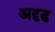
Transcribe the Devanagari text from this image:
अदृढ